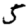
Digit: 5